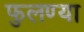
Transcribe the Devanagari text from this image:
फुलण्या